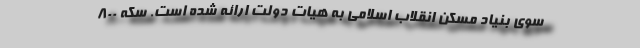
سوی بنیاد مسکن انقلاب اسلامی به هیات دولت ارائه شده ‌است. سکه ۸۰۰